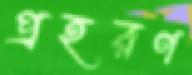
প্রহরণ